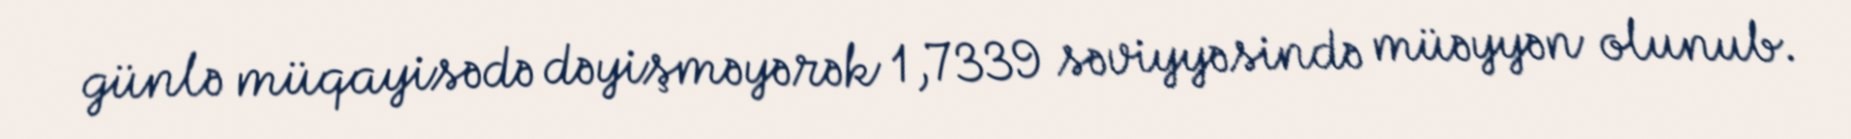
günlə müqayisədə dəyişməyərək 1,7339 səviyyəsində müəyyən olunub.